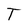
Character: T